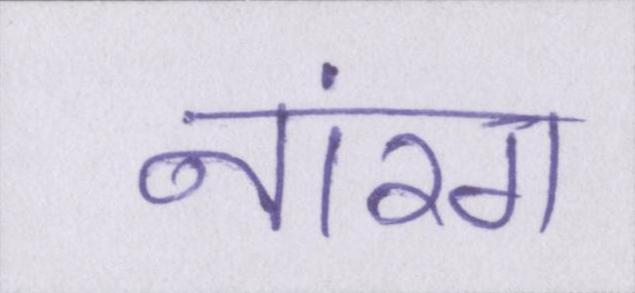
नारंग